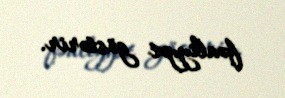
fəaliyyət göstərir.